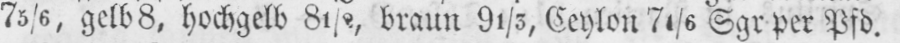
Sgr per Pfd.